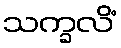
သက္ခလိံ